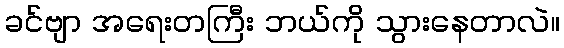
ခင်ဗျာ အရေးတကြီး ဘယ်ကို သွားနေတာလဲ။